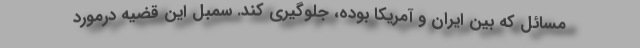
مسائل که بین ایران و آمریکا بوده، جلوگیری کند. سمبل این قضیه درمورد